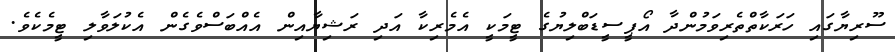
ސޫރިޔާގައި ހަރަކާތްތެރިވަމުންދާ އޯޕީސީޑަބްލިޔުގެ ޓީމަކީ އެމެރިކާ އަދި ރަޝިޔާއިން އެއްބަސްވެގެން އެކުލަވާލި ޓީމެކެވެ.